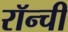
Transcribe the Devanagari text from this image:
रॉन्ची